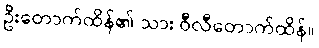
ဦးတောက်ထိန်၏ သား ဝီလီတောက်ထိန်။